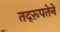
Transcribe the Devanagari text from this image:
तद्‌रूपतेने